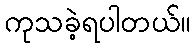
ကုသခဲ့ရပါတယ်။